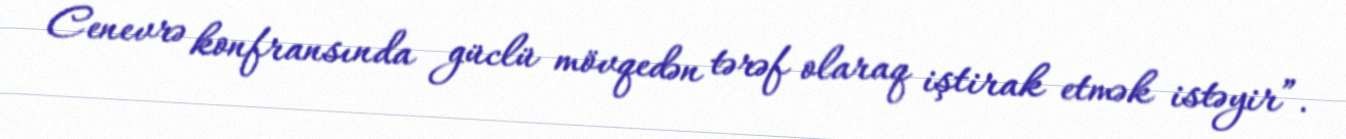
Cenevrə konfransında güclü mövqedən tərəf olaraq iştirak etmək istəyir”.